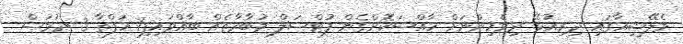
މެލޭޝިއާގައި ދިރިއުޅޭ ދިވެހިންނަށް ހާއްސަކޮށްގެން ފުޓްސަލް މުބާރާތެއް ބާއްވައިފި1 ހަފްތާ 3 ދުވަސް